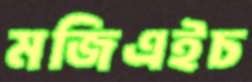
মজিএইচ